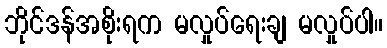
ဘိုင်ဒန်အစိုးရက မလှုပ်ရေးချ မလှုပ်ပါ။